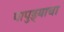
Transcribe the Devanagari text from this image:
पापुड्याचा